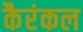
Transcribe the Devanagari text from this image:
कैरंकल